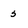
Character: s